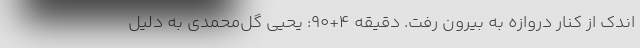
اندک از کنار دروازه به بیرون رفت. دقیقه 4+90: یحیی گل‌محمدی به دلیل